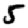
Digit: 5